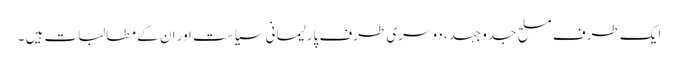
ایک طرف مسلح جدوجہد ، دوسری طرف پارلیمانی سیاست اور ان کے مطالبات ہیں ۔